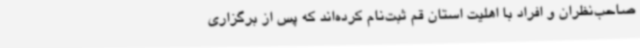
صاحب‌نظران و افراد با اهلیت استان قم ثبت‌نام کرده‌اند که پس از برگزاری